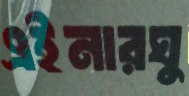
এইনারঘু